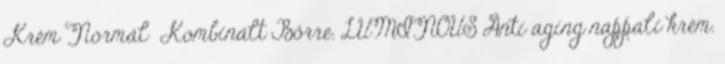
Krém Normál Kombinált Bőrre. LUMINOUS Anti aging nappali krém.